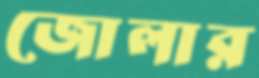
জোলার